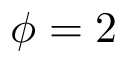
\phi = 2